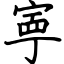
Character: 寕